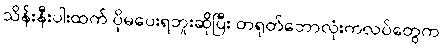
သိန်းနီးပါးထက် ပိုမပေးရဘူးဆိုပြီး တရုတ်ဘောလုံးကလပ်တွေက